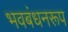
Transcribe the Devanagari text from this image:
भवबंधनरूप